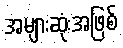
အများဆုံးအဖြစ်